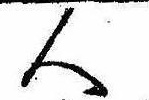
人